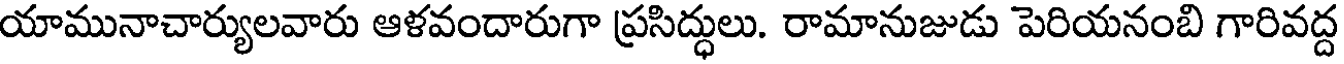
యామునాచార్యులవారు ఆళవందారుగా ప్రసిద్ధులు. రామానుజుడు పెరియనంబి గారివద్ద